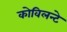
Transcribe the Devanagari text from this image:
कोविलन्टे